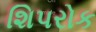
શિપરોક